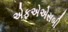
એફએએસબી